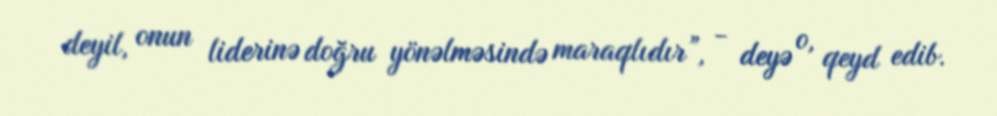
deyil, onun liderinə doğru yönəlməsində maraqlıdır”, - deyə o, qeyd edib.